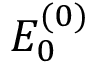
E _ { 0 } ^ { ( 0 ) }